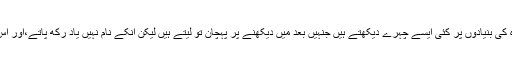
انہوں نے یہ بھی کہا کہ ہم روزمرہ کی بنیادوں پر کئی ایسے چہرے دیکھتے ہیں جنہیں بعد میں دیکھنے پر پہچان تو لیتے ہیں لیکن انکے نام نہیں یاد رکھ پاتے،اور اس تحقیق سے بھی یہی ثابت ہوا ہے۔